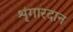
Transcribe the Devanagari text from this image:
शृंगारदान